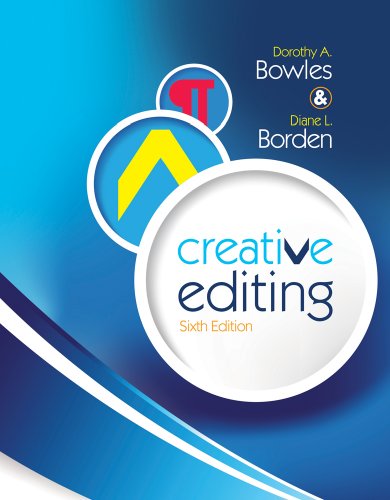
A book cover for Creative Editing; Dorothy A. Bowles; Computers & Technology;